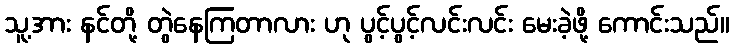
သူ့အား နင်တို့ တွဲနေကြတာလား ဟု ပွင့်ပွင့်လင်းလင်း မေးခဲ့ဖို့ ကောင်းသည်။